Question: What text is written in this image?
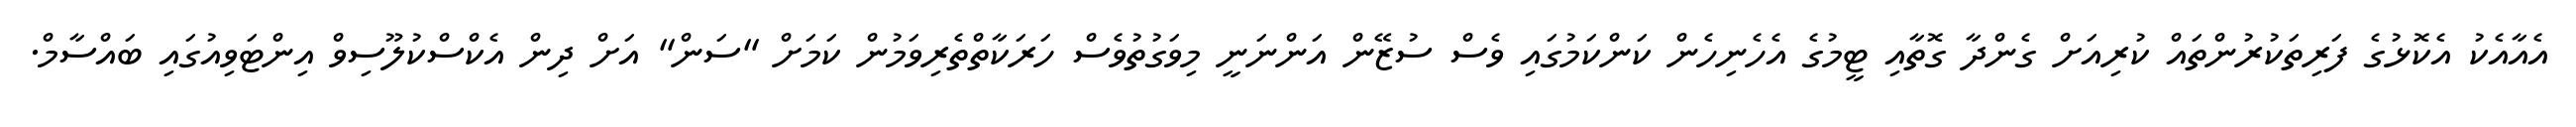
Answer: އެއާއެކު އެކޮޅުގެ ފަރިތަކުރުންތައް ކުރިއަށް ގެންދާ ގޮތާއި ޓީމުގެ އެހެނިހެން ކަންކަމުގައި ވެސް ސުޒޭން އަންނަނީ މިވަގުތުވެސް ހަރަކާތްތެރިވަމުން ކަމަށް "ސަން" އަށް ދިން އެކްސްކުލޫސިވް އިންޓަވިއުގައި ބައްސާމް.